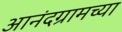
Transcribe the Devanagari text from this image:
आनंदग्रामच्या